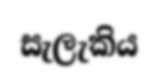
සැලැකිය